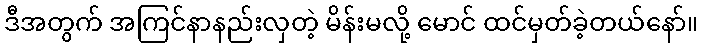
ဒီအတွက် အကြင်နာနည်းလှတဲ့ မိန်းမလို့ မောင် ထင်မှတ်ခဲ့တယ်နော်။